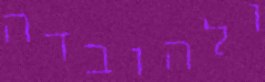
ולהובדה